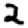
Digit: 2